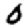
Digit: 0